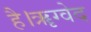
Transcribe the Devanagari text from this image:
है।ॠग्वेद